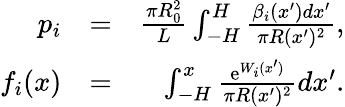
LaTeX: \begin{array}{rlr}{p_{i}}&{=}&{\frac{\pi R_{0}^{2}}{L}\int_{-H}^{H}\frac{\beta_{i}(x^{\prime})dx^{\prime}}{\pi R(x^{\prime})^{2}},}\\ {f_{i}(x)}&{=}&{\int_{-H}^{x}\frac{\mathrm{e}^{W_{i}(x^{\prime})}}{\pi R(x^{\prime})^{2}}dx^{\prime}.}\end{array}